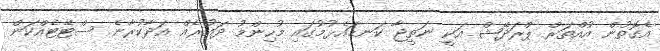
އެގޮތުން އުއްތަރް ޕްރަދޭޝް އަކީ ނަތީޖާ ކަނޑައެޅުމުގައި މުހިންމު ދައުރެއް އަދާކުރާނެ ސްޓޭޓެއްކަން